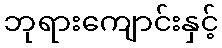
ဘုရားကျောင်းနှင့်